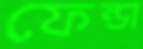
ফেন্ডা